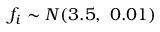
f _ { i } \sim { \cal N } ( 3 . 5 , \ 0 . 0 1 )